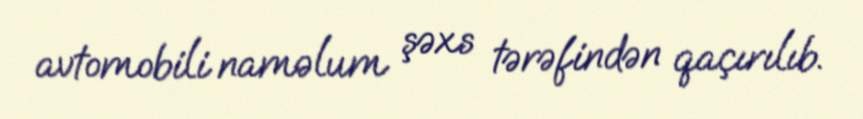
avtomobili naməlum şəxs tərəfindən qaçırılıb.